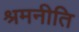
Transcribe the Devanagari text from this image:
श्रमनीति